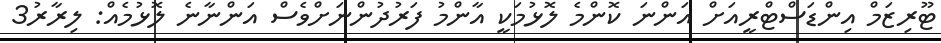
ޓޫރިޒަމް އިންޑަސްޓްރީއަށް އަންނަ ކޮންމެ ލޮޅުމަކީ އާންމު ފަރުދުންނަށްވެސް އަންނާނެ ލޮޅުމެއް: ލިރާރު3